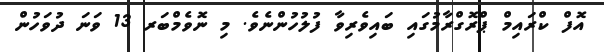
އޮފް ކްރައިމް ޕްރޮގްރާމުގައި ބައިވެރިވާ ފުލުހުންނެވެ. މި ނޮވެމްބަރ 13 ވަނަ ދުވަހުން